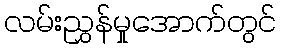
လမ်းညွှန်မှုအောက်တွင်